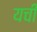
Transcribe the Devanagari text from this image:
यची